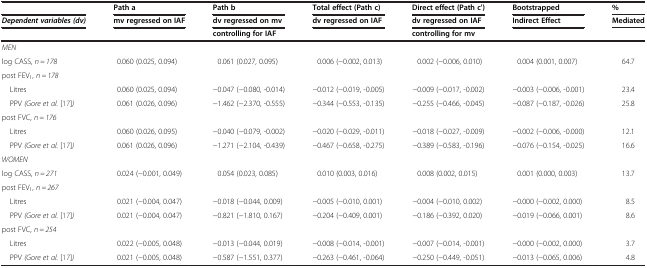
<table><thead><tr><td><b> </b></td><td><b>Path a</b></td><td><b>Path b</b></td><td><b>Total effect (Path c)</b></td><td><b>Direct effect (Path c&#x27;)</b></td><td><b>Bootstrapped</b></td><td><b>%</b></td></tr><tr><td><b><i>Dependent variables (dv)</i></b></td><td><b>mv regressed on IAF</b></td><td><b>dv regressed on mv</b></td><td><b>dv regressed on IAF</b></td><td><b>dv regressed on IAF</b></td><td><b>Indirect Effect</b></td><td><b>Mediated</b></td></tr><tr><td><b> </b></td><td><b> </b></td><td><b>controlling for IAF</b></td><td><b> </b></td><td><b>controlling for mv</b></td><td><b> </b></td><td><b> </b></td></tr></thead><tbody><tr><td><i>MEN</i></td><td> </td><td> </td><td> </td><td> </td><td> </td><td> </td></tr><tr><td>log CASS, <i>n = 178</i></td><td>0.060 (0.025, 0.094)</td><td>0.061 (0.027, 0.095)</td><td>0.006 (−0.002, 0.013)</td><td>0.002 (−0.006, 0.010)</td><td>0.004 (0.001, 0.007)</td><td>64.7</td></tr><tr><td>post FEV<sub>1</sub>, <i>n = 178</i></td><td> </td><td> </td><td> </td><td> </td><td> </td><td> </td></tr><tr><td> Litres</td><td>0.060 (0.025, 0.094)</td><td>−0.047 (−0.080, -0.014)</td><td>−0.012 (−0.019, -0.005)</td><td>−0.009 (−0.017, -0.002)</td><td>−0.003 (−0.006, -0.001)</td><td>23.4</td></tr><tr><td> PPV <i>(Gore et al.</i>[17]<i>)</i></td><td>0.061 (0.026, 0.096)</td><td>−1.462 (−2.370, -0.555)</td><td>−0.344 (−0.553, -0.135)</td><td>−0.255 (−0.466, -0.045)</td><td>−0.087 (−0.187, -0.026)</td><td>25.8</td></tr><tr><td>post FVC, <i>n = 176</i></td><td> </td><td> </td><td> </td><td> </td><td> </td><td> </td></tr><tr><td> Litres</td><td>0.060 (0.026, 0.095)</td><td>−0.040 (−0.079, -0.002)</td><td>−0.020 (−0.029, -0.011)</td><td>−0.018 (−0.027, -0.009)</td><td>−0.002 (−0.006, -0.000)</td><td>12.1</td></tr><tr><td> PPV <i>(Gore et al.</i>[17]<i>)</i></td><td>0.061 (0.026, 0.096)</td><td>−1.271 (−2.104, -0.439)</td><td>−0.467 (−0.658, -0.275)</td><td>−0.389 (−0.583, -0.196)</td><td>−0.076 (−0.154, -0.025)</td><td>16.6</td></tr><tr><td><i>WOMEN</i></td><td> </td><td> </td><td> </td><td> </td><td> </td><td> </td></tr><tr><td>log CASS, <i>n = 271</i></td><td>0.024 (−0.001, 0.049)</td><td>0.054 (0.023, 0.085)</td><td>0.010 (0.003, 0.016)</td><td>0.008 (0.002, 0.015)</td><td>0.001 (0.000, 0.003)</td><td>13.7</td></tr><tr><td>post FEV<sub>1</sub>, <i>n = 267</i></td><td> </td><td> </td><td> </td><td> </td><td> </td><td> </td></tr><tr><td> Litres</td><td>0.021 (−0.004, 0.047)</td><td>−0.018 (−0.044, 0.009)</td><td>−0.005 (−0.010, 0.001)</td><td>−0.004 (−0.010, 0.002)</td><td>−0.000 (−0.002, 0.000)</td><td>8.5</td></tr><tr><td> PPV <i>(Gore et al.</i>[17]<i>)</i></td><td>0.021 (−0.004, 0.047)</td><td>−0.821 (−1.810, 0.167)</td><td>−0.204 (−0.409, 0.001)</td><td>−0.186 (−0.392, 0.020)</td><td>−0.019 (−0.066, 0.001)</td><td>8.6</td></tr><tr><td>post FVC, <i>n = 254</i></td><td> </td><td> </td><td> </td><td> </td><td> </td><td> </td></tr><tr><td> Litres</td><td>0.022 (−0.005, 0.048)</td><td>−0.013 (−0.044, 0.019)</td><td>−0.008 (−0.014, -0.001)</td><td>−0.007 (−0.014, -0.001)</td><td>−0.000 (−0.002, 0.000)</td><td>3.7</td></tr><tr><td> PPV <i>(Gore et al.</i>[17]<i>)</i></td><td>0.021 (−0.005, 0.048)</td><td>−0.587 (−1.551, 0.377)</td><td>−0.263 (−0.461, -0.064)</td><td>−0.250 (−0.449, -0.051)</td><td>−0.013 (−0.065, 0.006)</td><td>4.8</td></tr></tbody></table>